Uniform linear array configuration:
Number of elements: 4
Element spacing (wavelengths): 0.75
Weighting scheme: blackman
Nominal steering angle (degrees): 0
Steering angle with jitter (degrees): -0.8482
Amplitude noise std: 0.05
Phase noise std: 0.05

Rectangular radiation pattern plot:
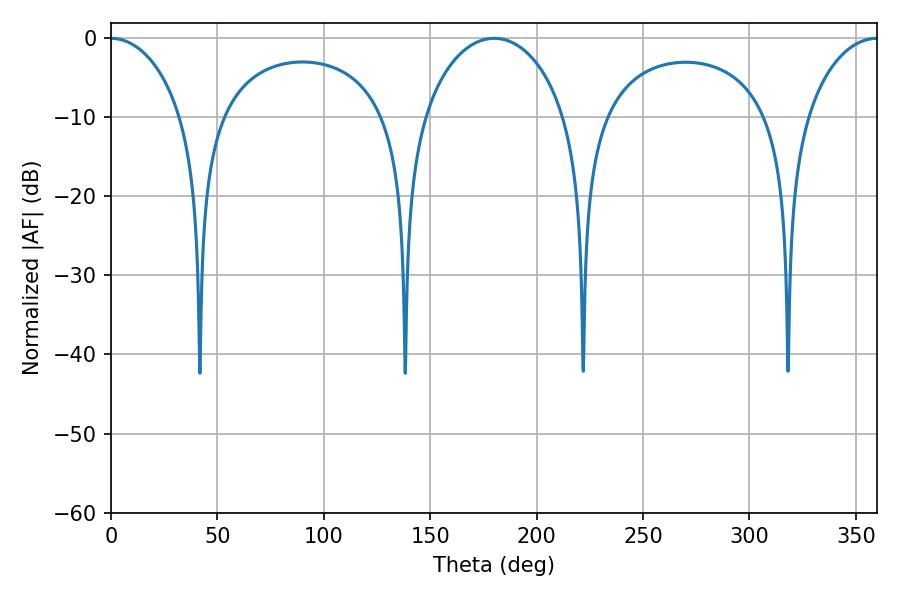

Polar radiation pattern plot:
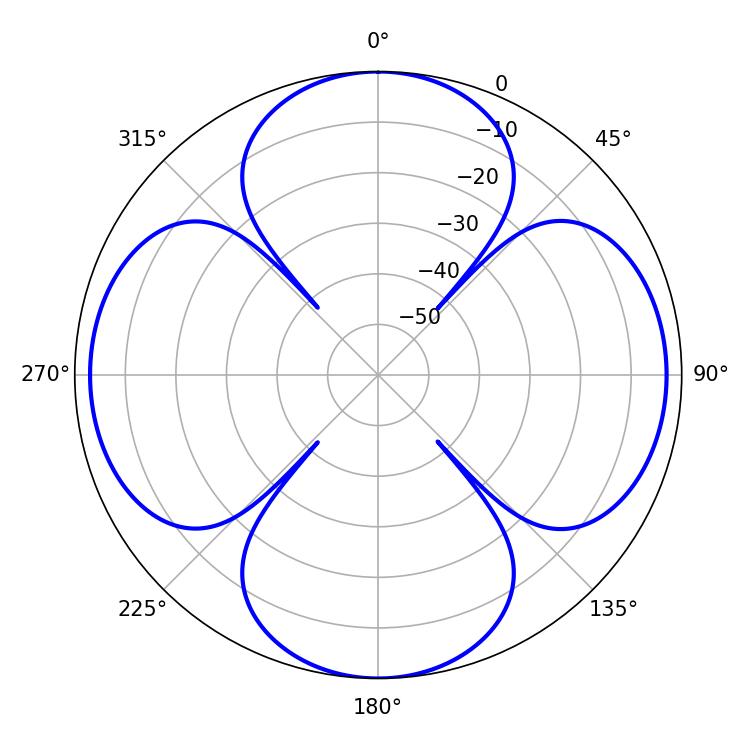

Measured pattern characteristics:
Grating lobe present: TRUE
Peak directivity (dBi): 27.483
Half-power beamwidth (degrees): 19.26
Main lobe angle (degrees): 0